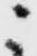
ニ